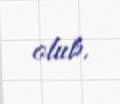
olub.